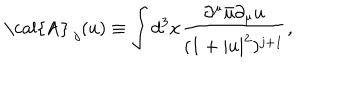
LaTeX: \mathrm { ~ \cal { A } ~ } _ { j } ( u ) \equiv \int d ^ { 3 } x \frac { \partial ^ { \mu } \bar { u } \partial _ { \mu } u } { ( 1 + | u | ^ { 2 } ) ^ { j + 1 } } ,